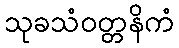
သုခသံဝတ္တနိကံ